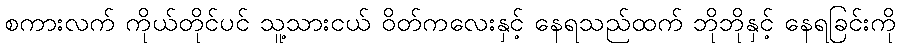
စကားလက် ကိုယ်တိုင်ပင် သူ့သားငယ် ဝိတ်ကလေးနှင့် နေရသည်ထက် ဘိုဘိုနှင့် နေရခြင်းကို